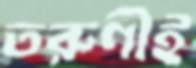
তরুণীই